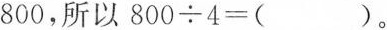
800，所以$$8 0 0 \div 4 = ( )$$。